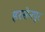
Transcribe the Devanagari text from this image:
हरसेनपुर